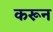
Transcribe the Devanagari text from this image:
करून